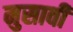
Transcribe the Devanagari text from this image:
मुसावी